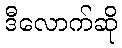
ဒီလောက်ဆို